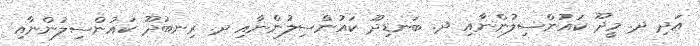
އަދި ދ. މީދޫ ކައުންސިލުންނާއި ދ. ބަނޑިދޫ ކައުންސިލުންނާއި ދ. ރިނބުދޫ ކައުންސިލުންނާއި